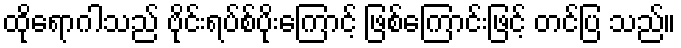
ထိုရောဂါသည် ဗိုင်းရပ်စ်ပိုးကြောင့် ဖြစ်ကြောင်းဖြင့် တင်ပြ သည်။